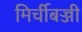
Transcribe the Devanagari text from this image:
मिर्चीबज्जी